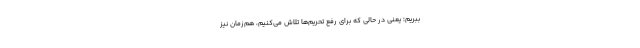
ببریم؛ یعنی در حالی که برای رفع تحریم‌ها تلاش می‌کنیم، هم‌زمان نیز